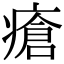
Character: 瘡